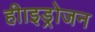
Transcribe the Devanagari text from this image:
हीाइड्रोजन